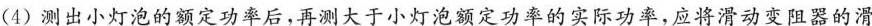
(4)测出小灯泡的额定功率后，再测大于小灯泡额定功率的实际功率，应将滑动变阻器的滑